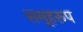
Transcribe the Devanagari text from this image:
समूहरूप